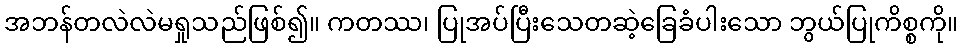
အဘန်တလဲလဲမရှုသည်ဖြစ်၍။ ကတဿ၊ ပြုအပ်ပြီးသေတဆဲ့ခြေခံပါးသော ဘွယ်ပြုကိစ္စကို။